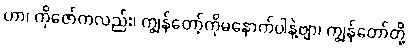
ဟာ၊ ကိုဇော်ကလည်း၊ ကျွန်တော့်ကိုမနောက်ပါနဲ့ဗျာ၊ ကျွန်တော်တို့